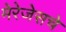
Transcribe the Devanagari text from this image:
मेरेजेसचे